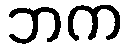
ဘက